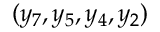
( y _ { 7 } , y _ { 5 } , y _ { 4 } , y _ { 2 } )